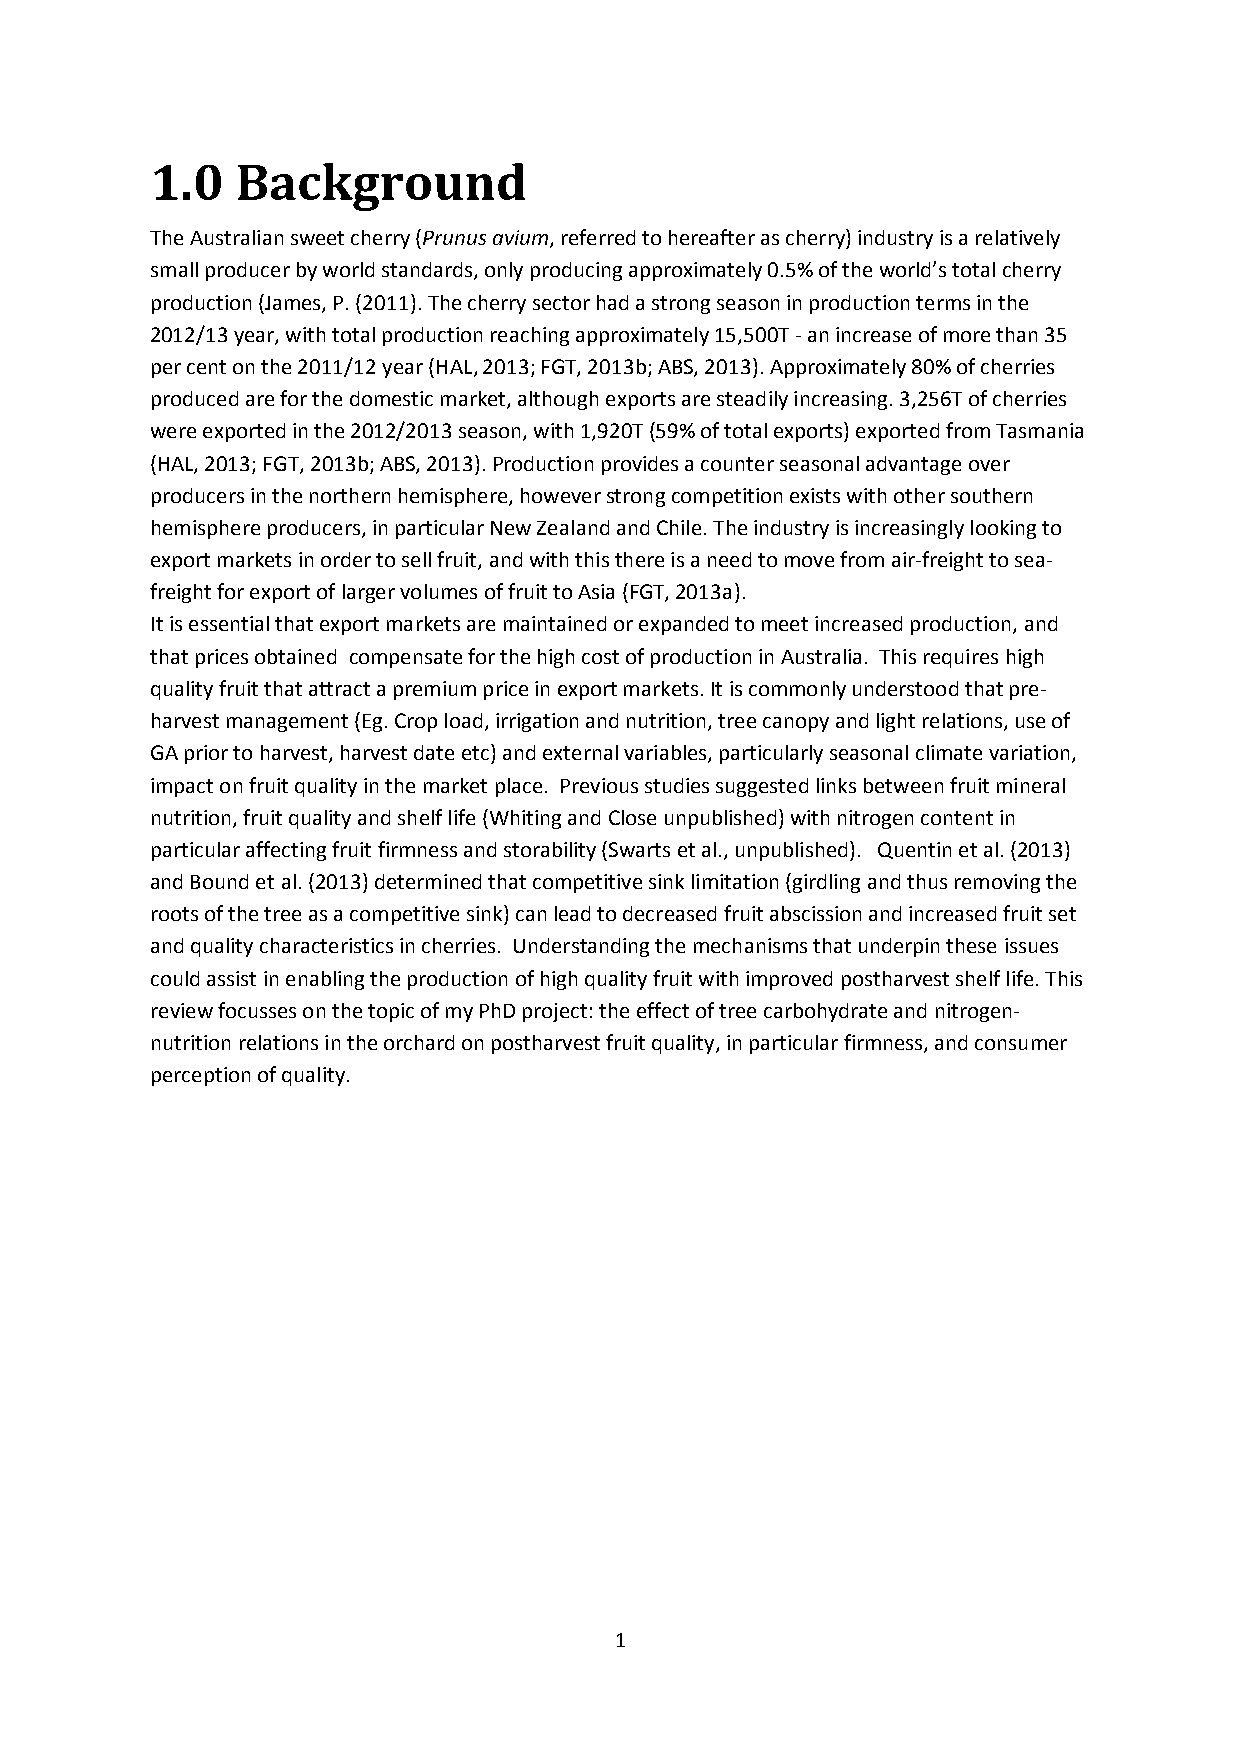
1.0   Background
 The Australian sweet cherry (Prunus avium, referred to hereafter as cherry) industry is a relatively
 small producer by world standards, only producing approximately 0.5% of the world’s total cherry
 production (James, P. (2011). The cherry sector had a strong season in production terms in the
 2012/13 year, with total production reaching approximately 15,500T - an increase of more than 35
 per cent on the 2011/12 year (HAL, 2013; FGT, 2013b; ABS, 2013). Approximately 80% of cherries
 produced are for the domestic market, although exports are steadily increasing. 3,256T of cherries
 were exported in the 2012/2013 season, with 1,920T (59% of total exports) exported from Tasmania
 (HAL, 2013; FGT, 2013b; ABS, 2013). Production provides a counter seasonal advantage over
 producers in the northern hemisphere, however strong competition exists with other southern
 hemisphere producers, in particular New Zealand and Chile. The industry is increasingly looking to
 export markets in order to sell fruit, and with this there is a need to move from air-freight to sea-
 freight for export of larger volumes of fruit to Asia (FGT, 2013a).
 It is essential that export markets are maintained or expanded to meet increased production, and
 that prices obtained compensate for the high cost of production in Australia. This requires high
 quality fruit that attract a premium price in export markets. It is commonly understood that pre-
 harvest management (Eg. Crop load, irrigation and nutrition, tree canopy and light relations, use of
 GA prior to harvest, harvest date etc) and external variables, particularly seasonal climate variation,
 impact on fruit quality in the market place. Previous studies suggested links between fruit mineral
 nutrition, fruit quality and shelf life (Whiting and Close unpublished) with nitrogen content in
 particular affecting fruit firmness and storability (Swarts et al., unpublished). Quentin et al. (2013)
 and Bound et al. (2013) determined that competitive sink limitation (girdling and thus removing the
 roots of the tree as a competitive sink) can lead to decreased fruit abscission and increased fruit set
 and quality characteristics in cherries. Understanding the mechanisms that underpin these issues
 could assist in enabling the production of high quality fruit with improved postharvest shelf life. This
 review focusses on the topic of my PhD project: the effect of tree carbohydrate and nitrogen-
 nutrition relations in the orchard on postharvest fruit quality, in particular firmness, and consumer
 perception of quality.
 1